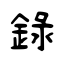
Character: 錄